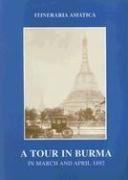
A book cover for A Tour in Burma March & April 1892 (Itineraria Asiatica: Burma); F. O. Oertel; Travel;